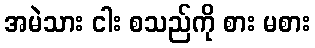
အမဲသား ငါး စသည်ကို စား မစား